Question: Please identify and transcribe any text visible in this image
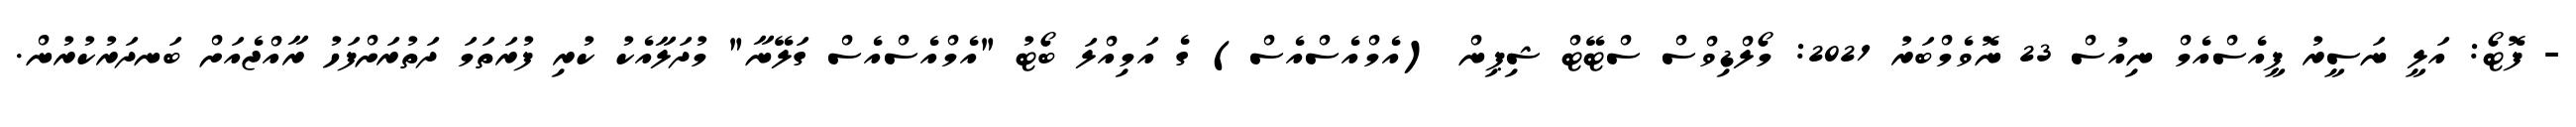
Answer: - ފޮޓޯ: އަލީ ނަސީރު ޕީއެސްއެމް ނިއުސް 23 ނޮވެމްބަރު 2021: މޯލްޑިވްސް ސްޓޭޓް ޝިޕިން (އެމްއެސްއެސް) ގެ އަމިއްލަ ބޯޓު "އެމްއެސްއެސް ގަލޭނާ" މުދަލާއެކު ކުރި ފުރަތަމަ ދަތުރަށްފަހު ރާއްޖެއަށް ބަނދަރުކުރުން.